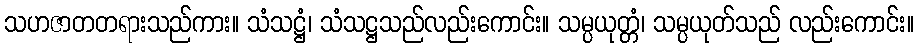
သဟဇာတတရားသည်ကား။ သံသဋ္ဌံ၊ သံသဋ္ဌသည်လည်းကောင်း။ သမ္ပယုတ္တံ၊ သမ္ပယုတ်သည် လည်းကောင်း။